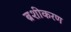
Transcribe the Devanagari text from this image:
ब्रशीकरण